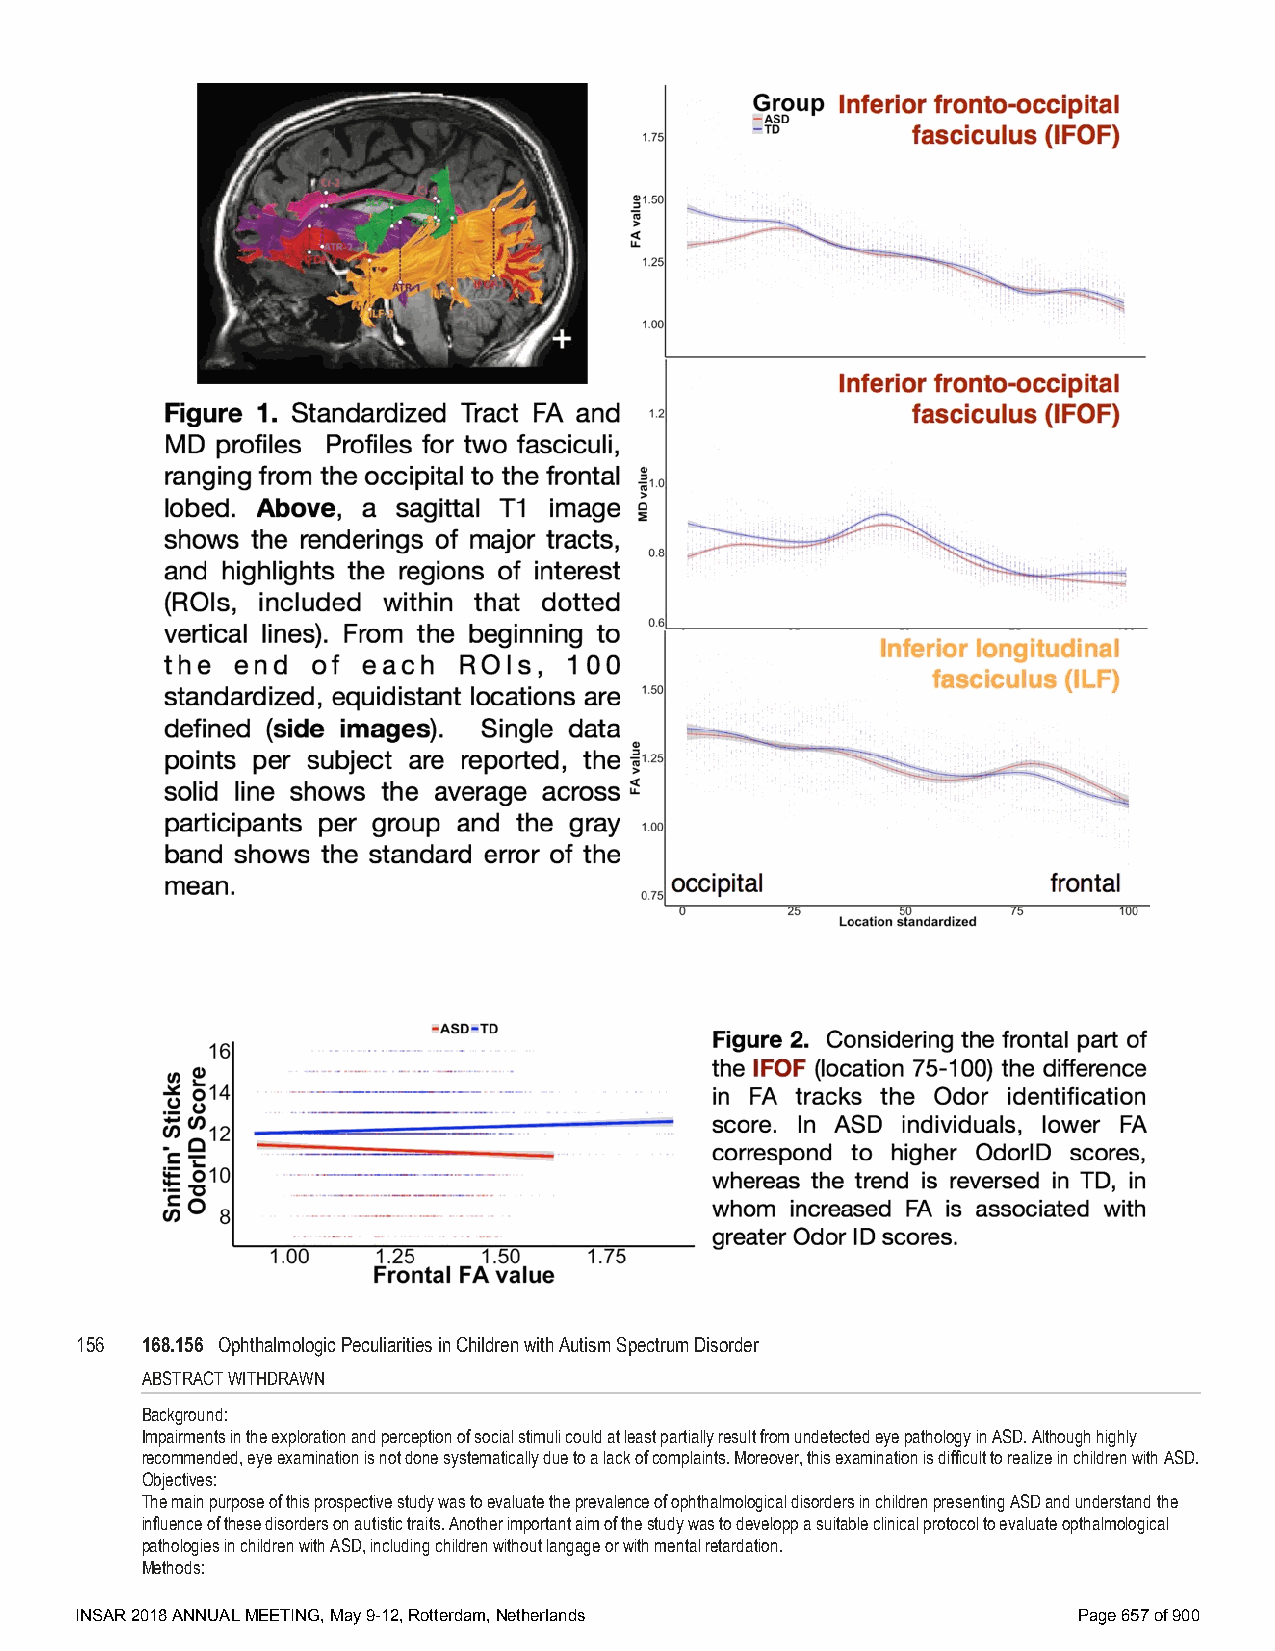
156 168.156 Ophthalmologic Peculiarities in Children with Autism Spectrum Disorder
 ABSTRACT WITHDRAWN
 Background:
 Impairments in the exploration and perception of social stimuli could at least partially result from undetected eye pathology in ASD. Although highly
 recommended, eye examination is not done systematically due to a lack of complaints. Moreover, this examination is difficult to realize in children with ASD.
 Objectives:
 The main purpose of this prospective study was to evaluate the prevalence of ophthalmological disorders in children presenting ASD and understand the
 influence of these disorders on autistic traits. Another important aim of the study was to developp a suitable clinical protocol to evaluate opthalmological
 pathologies in children with ASD, including children without langage or with mental retardation.
 Methods:
 INSAR 2018 ANNUAL MEETING, May 9-12, Rotterdam, Netherlands       Page 657 of 900